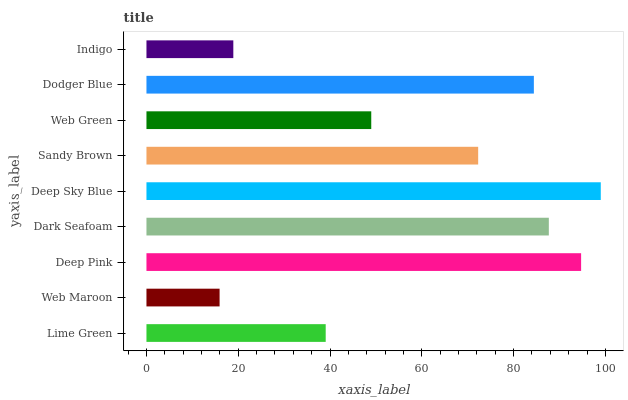
| yaxis_label | bars |
 | --- | --- |
 | Lime Green | 39.1 |
 | Web Maroon | 15.9 |
 | Deep Pink | 94.7 |
 | Dark Seafoam | 87.7 |
 | Deep Sky Blue | 99 |
 | Sandy Brown | 72.3 |
 | Web Green | 49 |
 | Dodger Blue | 84.4 |
 | Indigo | 18.9 |